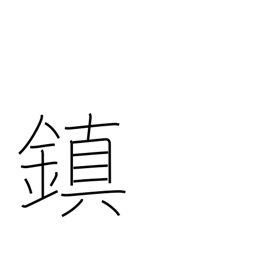
Meaning: tranquilize